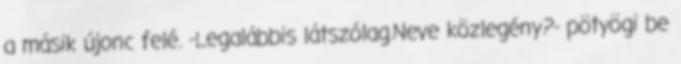
a másik újonc felé. -Legalábbis látszólag.Neve közlegény?- pötyögi be